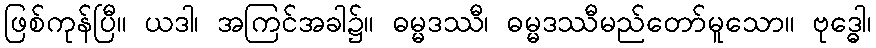
ဖြစ်ကုန်ပြီ။ ယဒါ၊ အကြင်အခါ၌။ ဓမ္မဒဿီ၊ ဓမ္မဒဿီမည်တော်မူသော။ ဗုဒ္ဓေါ၊